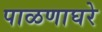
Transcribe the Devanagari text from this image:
पाळणाघरे